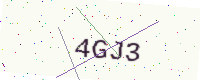
Text: 4GJ3